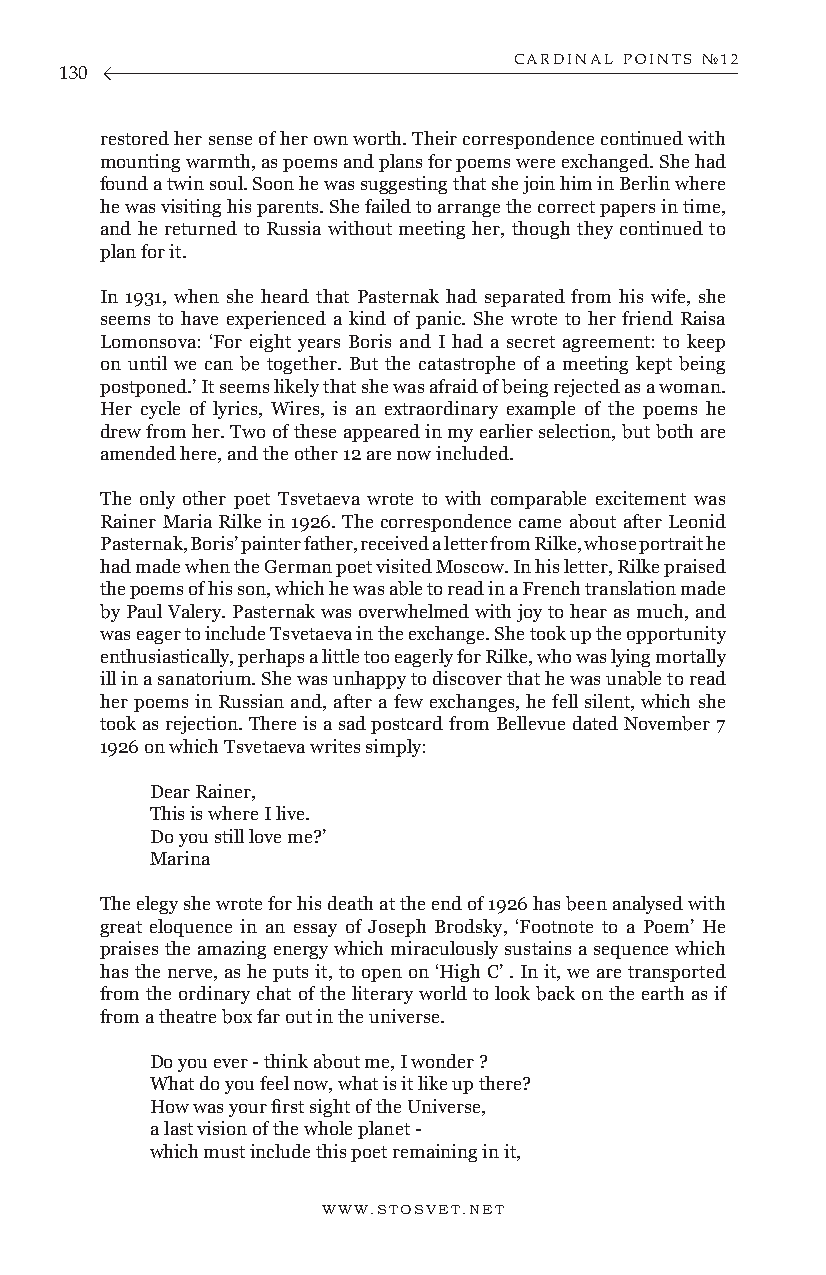
CARDINAL POINTS №12
 130
 restored her sense of her own worth. Their correspondence continued with
 mounting warmth, as poems and plans for poems were exchanged. She had
 found a twin soul. Soon he was suggesting that she join him in Berlin where
 he was visiting his parents. She failed to arrange the correct papers in time,
 and he returned to Russia without meeting her, though they continued to
 plan for it.
 In 1931, when she heard that Pasternak had separated from his wife, she
 seems to have experienced a kind of panic. She wrote to her friend Raisa
 Lomonsova: ‘For eight years Boris and I had a secret agreement: to keep
 on until we can be together. But the catastrophe of a meeting kept being
 postponed.’ It seems likely that she was afraid of being rejected as a woman.
 Her cycle of lyrics, Wires, is an extraordinary example of the poems he
 drew from her. Two of these appeared in my earlier selection, but both are
 amended here, and the other 12 are now included.
 The only other poet Tsvetaeva wrote to with comparable excitement was
 Rainer Maria Rilke in 1926. The correspondence came about after Leonid
 Pasternak, Boris’ painter father, received a letter from Rilke, whose portrait he
 had made when the German poet visited Moscow. In his letter, Rilke praised
 the poems of his son, which he was able to read in a French translation made
 by Paul Valery. Pasternak was overwhelmed with joy to hear as much, and
 was eager to include Tsvetaeva in the exchange. She took up the opportunity
 enthusiastically, perhaps a little too eagerly for Rilke, who was lying mortally
 ill in a sanatorium. She was unhappy to discover that he was unable to read
 her poems in Russian and, after a few exchanges, he fell silent, which she
 took as rejection. There is a sad postcard from Bellevue dated November 7
 1926 on which Tsvetaeva writes simply:
 Dear Rainer,
 This is where I live.
 Do you still love me?’
 Marina
 The elegy she wrote for his death at the end of 1926 has been analysed with
 great eloquence in an essay of Joseph Brodsky, ‘Footnote to a Poem’ He
 praises the amazing energy which miraculously sustains a sequence which
 has the nerve, as he puts it, to open on ‘High C’ . In it, we are transported
 from the ordinary chat of the literary world to look back on the earth as if
 from a theatre box far out in the universe.
 Do you ever - think about me, I wonder ?
 What do you feel now, what is it like up there?
 How was your first sight of the Universe,
 a last vision of the whole planet -
 which must include this poet remaining in it,
 WWW.STOSVET.NET                                        WWW.STOSVET.NET